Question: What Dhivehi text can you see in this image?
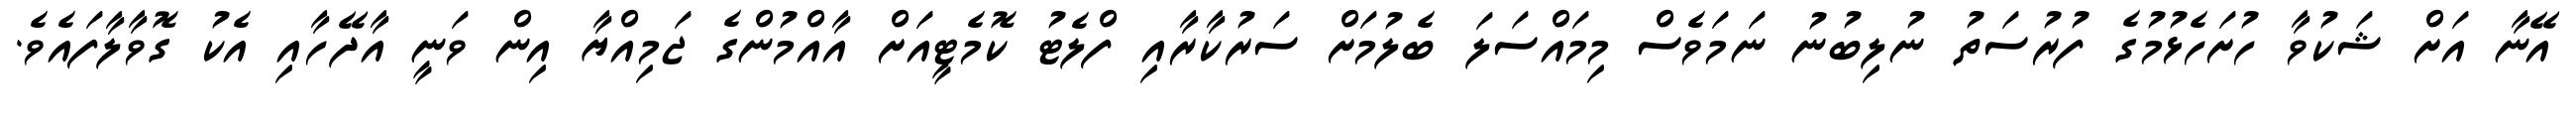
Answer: އޭނާ އަށް ޝަކުވާ ހުށަހެޅުމުގެ ފުރުސަތު ނުލިބުނު ނަމަވެސް މިމައްސަލަ ބެލުމަށް ސަރުކާރާއި ފްލެޓު ކޮމެޓީއަށް އާއްމުންގެ ޖަމިއްޔާ އިން ވަނީ އާދޭހާއި އެކު ގޮވާލާފައެވެ.